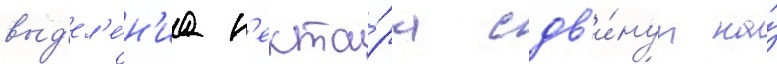
выд'ел'е́н'иа н'екта́ра сдв'и́нут на́